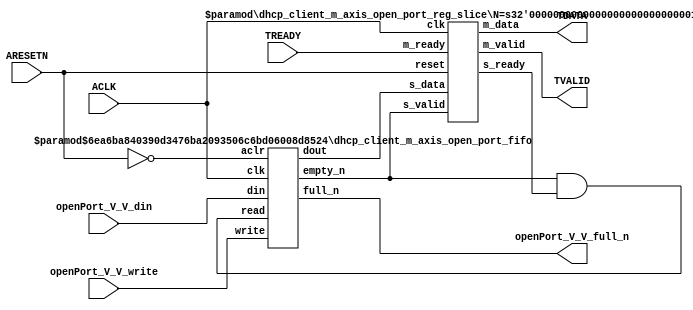
// This program was cloned from: https://github.com/mustafabbas/ECE1373_2016_hft_on_fpga
// License: MIT License

// ==============================================================
// File generated by Vivado(TM) HLS - High-Level Synthesis from C, C++ and SystemC
// Version: 2015.1
// Copyright (C) 2015 Xilinx Inc. All rights reserved.
// 
// ==============================================================


`timescale 1ns/1ps

module dhcp_client_m_axis_open_port_if (
    // AXI4-Stream singals
    input  wire        ACLK,
    input  wire        ARESETN,
    output wire        TVALID,
    input  wire        TREADY,
    output wire [15:0] TDATA,
    // User signals
    input  wire [15:0] openPort_V_V_din,
    output wire        openPort_V_V_full_n,
    input  wire        openPort_V_V_write
);
//------------------------Local signal-------------------
// FIFO
wire [0:0]  fifo_read;
wire [0:0]  fifo_empty_n;
wire [15:0] openPort_V_V_dout;
wire [0:0]  openPort_V_V_empty_n;
// register slice
wire [0:0]  s_valid;
wire [0:0]  s_ready;
wire [15:0] s_data;
wire [0:0]  m_valid;
wire [0:0]  m_ready;
wire [15:0] m_data;

//------------------------Instantiation------------------
// rs
dhcp_client_m_axis_open_port_reg_slice #(
    .N       ( 16 )
) rs (
    .clk     ( ACLK ),
    .reset   ( ARESETN ),
    .s_data  ( s_data ),
    .s_valid ( s_valid ),
    .s_ready ( s_ready ),
    .m_data  ( m_data ),
    .m_valid ( m_valid ),
    .m_ready ( m_ready )
);

// openPort_V_V_fifo
dhcp_client_m_axis_open_port_fifo #(
    .DATA_BITS  ( 16 ),
    .DEPTH_BITS ( 4 )
) openPort_V_V_fifo (
    .clk        ( ACLK ),
    .aclr       ( ~ARESETN ),
    .empty_n    ( openPort_V_V_empty_n ),
    .full_n     ( openPort_V_V_full_n ),
    .read       ( fifo_read ),
    .write      ( openPort_V_V_write ),
    .dout       ( openPort_V_V_dout ),
    .din        ( openPort_V_V_din )
);

//------------------------Body---------------------------
//++++++++++++++++++++++++AXI4-Stream++++++++++++++++++++
assign TVALID = m_valid;
assign TDATA  = m_data[15:0];

//+++++++++++++++++++++++++++++++++++++++++++++++++++++++

//++++++++++++++++++++++++Reigister Slice++++++++++++++++
assign s_valid = fifo_empty_n;
assign m_ready = TREADY;
assign s_data  = {openPort_V_V_dout};

//+++++++++++++++++++++++++++++++++++++++++++++++++++++++

//++++++++++++++++++++++++FIFO+++++++++++++++++++++++++++
assign fifo_read    = fifo_empty_n & s_ready;
assign fifo_empty_n = openPort_V_V_empty_n;

//+++++++++++++++++++++++++++++++++++++++++++++++++++++++

endmodule



`timescale 1ns/1ps

module dhcp_client_m_axis_open_port_fifo
#(parameter
    DATA_BITS  = 8,
    DEPTH_BITS = 4
)(
    input  wire                 clk,
    input  wire                 aclr,
    output wire                 empty_n,
    output wire                 full_n,
    input  wire                 read,
    input  wire                 write,
    output wire [DATA_BITS-1:0] dout,
    input  wire [DATA_BITS-1:0] din
);
//------------------------Parameter----------------------
localparam
    DEPTH = 1 << DEPTH_BITS;
//------------------------Local signal-------------------
reg                   empty;
reg                   full;
reg  [DEPTH_BITS-1:0] index;
reg  [DATA_BITS-1:0]  mem[0:DEPTH-1];
//------------------------Body---------------------------
assign empty_n = ~empty;
assign full_n  = ~full;
assign dout    = mem[index];

// empty
always @(posedge clk or posedge aclr) begin
    if (aclr)
        empty <= 1'b1;
    else if (empty & write & ~read)
        empty <= 1'b0;
    else if (~empty & ~write & read & (index==1'b0))
        empty <= 1'b1;
end

// full
always @(posedge clk or posedge aclr) begin
    if (aclr)
        full <= 1'b0;
    else if (full & read & ~write)
        full <= 1'b0;
    else if (~full & ~read & write & (index==DEPTH-2'd2))
        full <= 1'b1;
end

// index
always @(posedge clk or posedge aclr) begin
    if (aclr)
        index <= {DEPTH_BITS{1'b1}};
    else if (~empty & ~write & read)
        index <= index - 1'b1;
    else if (~full & ~read & write)
        index <= index + 1'b1;
end

// mem
always @(posedge clk) begin
    if (~full & write) mem[0] <= din;
end

genvar i;
generate
    for (i = 1; i < DEPTH; i = i + 1) begin : gen_sr
        always @(posedge clk) begin
            if (~full & write) mem[i] <= mem[i-1];
        end
    end
endgenerate

endmodule

`timescale 1ns/1ps

module dhcp_client_m_axis_open_port_reg_slice
#(parameter
    N = 8   // data width
) (
    // system signals
    input  wire         clk,
    input  wire         reset,
    // slave side
    input  wire [N-1:0] s_data,
    input  wire         s_valid,
    output wire         s_ready,
    // master side
    output wire [N-1:0] m_data,
    output wire         m_valid,
    input  wire         m_ready
);
//------------------------Parameter----------------------
// state
localparam [1:0]
    ZERO = 2'b10,
    ONE  = 2'b11,
    TWO  = 2'b01;
//------------------------Local signal-------------------
reg  [N-1:0] data_p1;
reg  [N-1:0] data_p2;
wire         load_p1;
wire         load_p2;
wire         load_p1_from_p2;
reg          s_ready_t;
reg  [1:0]   state;
reg  [1:0]   next;
//------------------------Body---------------------------
assign s_ready = s_ready_t;
assign m_data  = data_p1;
assign m_valid = state[0];

assign load_p1 = (state == ZERO && s_valid) ||
                 (state == ONE && s_valid && m_ready) ||
                 (state == TWO && m_ready);
assign load_p2 = s_valid & s_ready;
assign load_p1_from_p2 = (state == TWO);

// data_p1
always @(posedge clk) begin
    if (load_p1) begin
        if (load_p1_from_p2)
            data_p1 <= data_p2;
        else
            data_p1 <= s_data;
    end
end

// data_p2
always @(posedge clk) begin
    if (load_p2) data_p2 <= s_data;
end

// s_ready_t
always @(posedge clk) begin
    if (~reset)
        s_ready_t <= 1'b0;
    else if (state == ZERO)
        s_ready_t <= 1'b1;
    else if (state == ONE && next == TWO)
        s_ready_t <= 1'b0;
    else if (state == TWO && next == ONE)
        s_ready_t <= 1'b1;
end

// state
always @(posedge clk) begin
    if (~reset)
        state <= ZERO;
    else
        state <= next;
end

// next
always @(*) begin
    case (state)
        ZERO:
            if (s_valid & s_ready)
                next = ONE;
            else
                next = ZERO;
        ONE:
            if (~s_valid & m_ready)
                next = ZERO;
            else if (s_valid & ~m_ready)
                next = TWO;
            else
                next = ONE;
        TWO:
            if (m_ready)
                next = ONE;
            else
                next = TWO;
        default:
            next = ZERO;
    endcase
end

endmodule